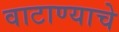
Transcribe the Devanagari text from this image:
वाटाण्याचे